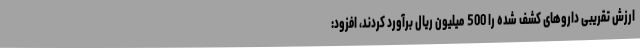
ارزش تقریبی داروهای کشف شده را 500 میلیون ریال برآورد کردند، افزود: